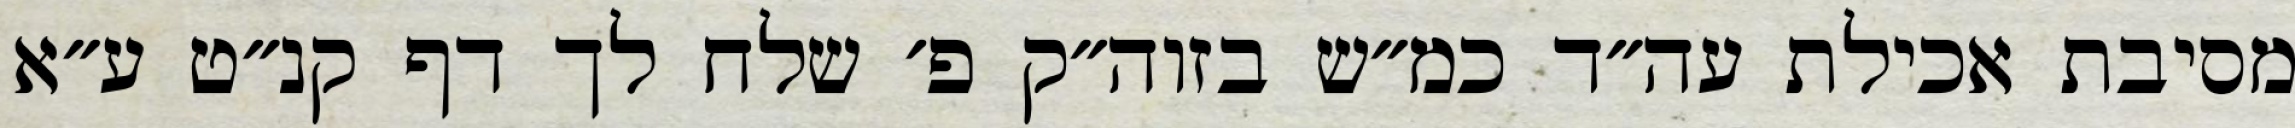
מסיבת אכילת עה״ד כמ״ש בזוה״ק פ׳ שלח לך דף קנ״ט ע״א